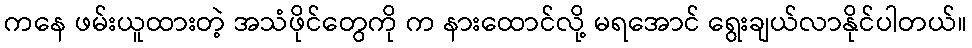
ကနေ ဖမ်းယူထားတဲ့ အသံဖိုင်တွေကို က နားထောင်လို့ မရအောင် ရွေးချယ်လာနိုင်ပါတယ်။